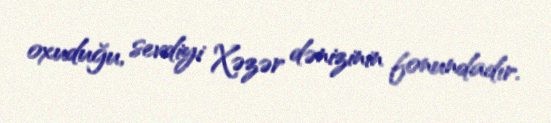
oxuduğu, sevdiyi Xəzər dənizinin fonundadır.